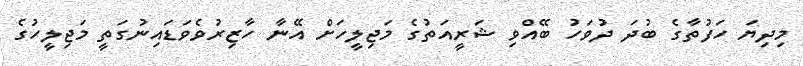
މިދިޔަ ހަފުތާގެ ބުދަ ދުވަހު ބޭއްވި ޝަރީއަތުގެ މަޖިލީހަށް އޭނާ ހާޒިރުވެވަޑައިނުގަތީ މަޖިލީހުގެ